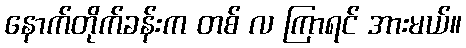
နောက်တိုက်ခန်းက တစ် လ ကြာရင် အားမယ်။